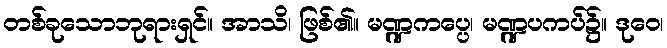
တစ်ခုသောဘုရားရှင်။ အာသိ၊ ဖြစ်၏။ မဏ္ဍကပ္ပေ၊ မဏ္ဍပကပ်၌။ ဒုဝေ၊